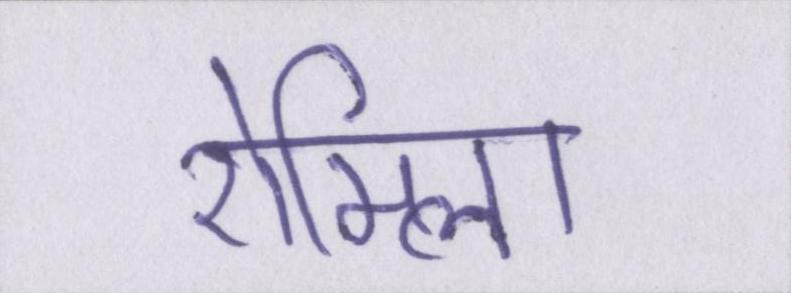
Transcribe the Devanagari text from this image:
रोमिला